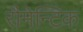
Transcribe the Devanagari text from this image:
रौमेन्टिक